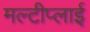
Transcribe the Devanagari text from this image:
मल्टीप्लाई